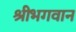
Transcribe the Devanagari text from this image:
श्रीभगवान